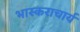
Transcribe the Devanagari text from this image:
भास्‍कराचार्य